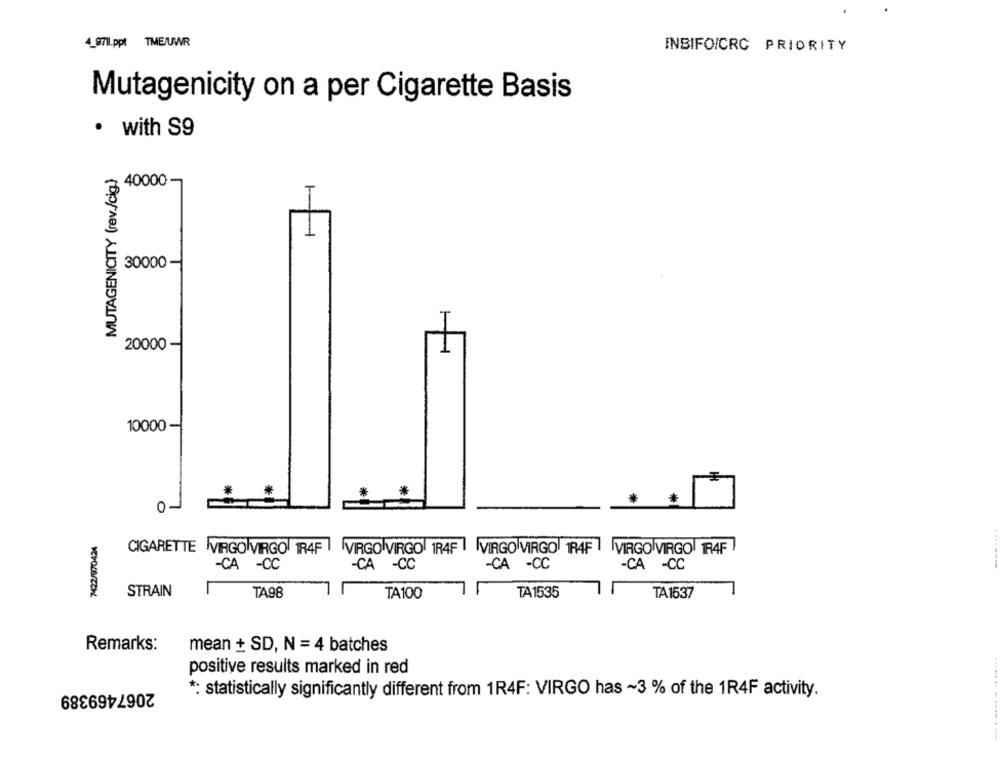
4_9711.ppt TME/UWR
INBIFOICRC PRIORITY
Mutagenicity on a per Cigarette Basis
· with S9
MUTAGENICITY (rev./cig}
3 40000
30000 -
20000 -
1
10000-
O
CIGARETTE VIRGO VIRGO 1R4F VIRGO VIRGO 1R4F VIRGO VIRGO 1R4F VIRGO VIRGO RAF
-CA -CC
-CA -CC
-CA -CC
-CA -CC
STRAIN
TA98
TA1535
TA100
TA1537
Remarks:
mean + SD, N = 4 batches
positive results marked in red
2067469389
*: statistically significantly different from 1R4F: VIRGO has ~3 % of the 1R4F activity.